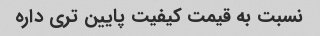
نسبت به قیمت کیفیت پایین تری داره